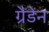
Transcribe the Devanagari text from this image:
ग्रैडेन